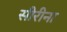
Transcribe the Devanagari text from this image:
सीरीना